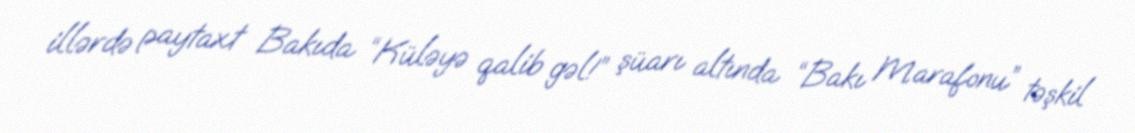
illərdə paytaxt Bakıda “Küləyə qalib gəl!” şüarı altında “Bakı Marafonu” təşkil